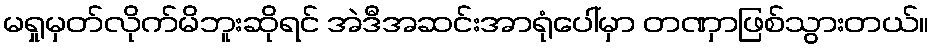
မရှုမှတ်လိုက်မိဘူးဆိုရင် အဲဒီအဆင်းအာရုံပေါ်မှာ တဏှာဖြစ်သွားတယ်။